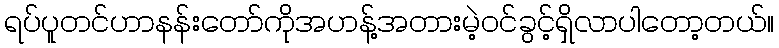
ရပ်ပူတင်ဟာနန်းတော်ကိုအဟန့်အတားမဲ့ဝင်ခွင့်ရှိလာပါတော့တယ်။